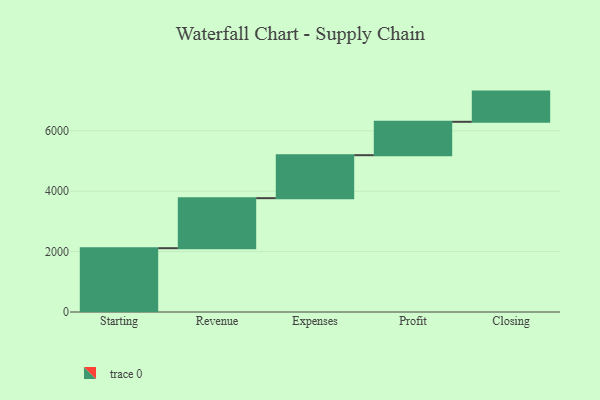
{"axis": {"x": "Step", "y": "Value"}, "legend": [""], "data": [{"x": "Starting", "y": 2113.0, "type": ""}, {"x": "Revenue", "y": 1657.0, "type": ""}, {"x": "Expenses", "y": 1423.0, "type": ""}, {"x": "Profit", "y": 1106.0, "type": ""}, {"x": "Closing", "y": 1000, "type": ""}]}